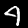
Label: 4